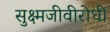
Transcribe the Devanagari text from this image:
सुक्ष्मजीवीरोधी